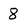
Character: 8